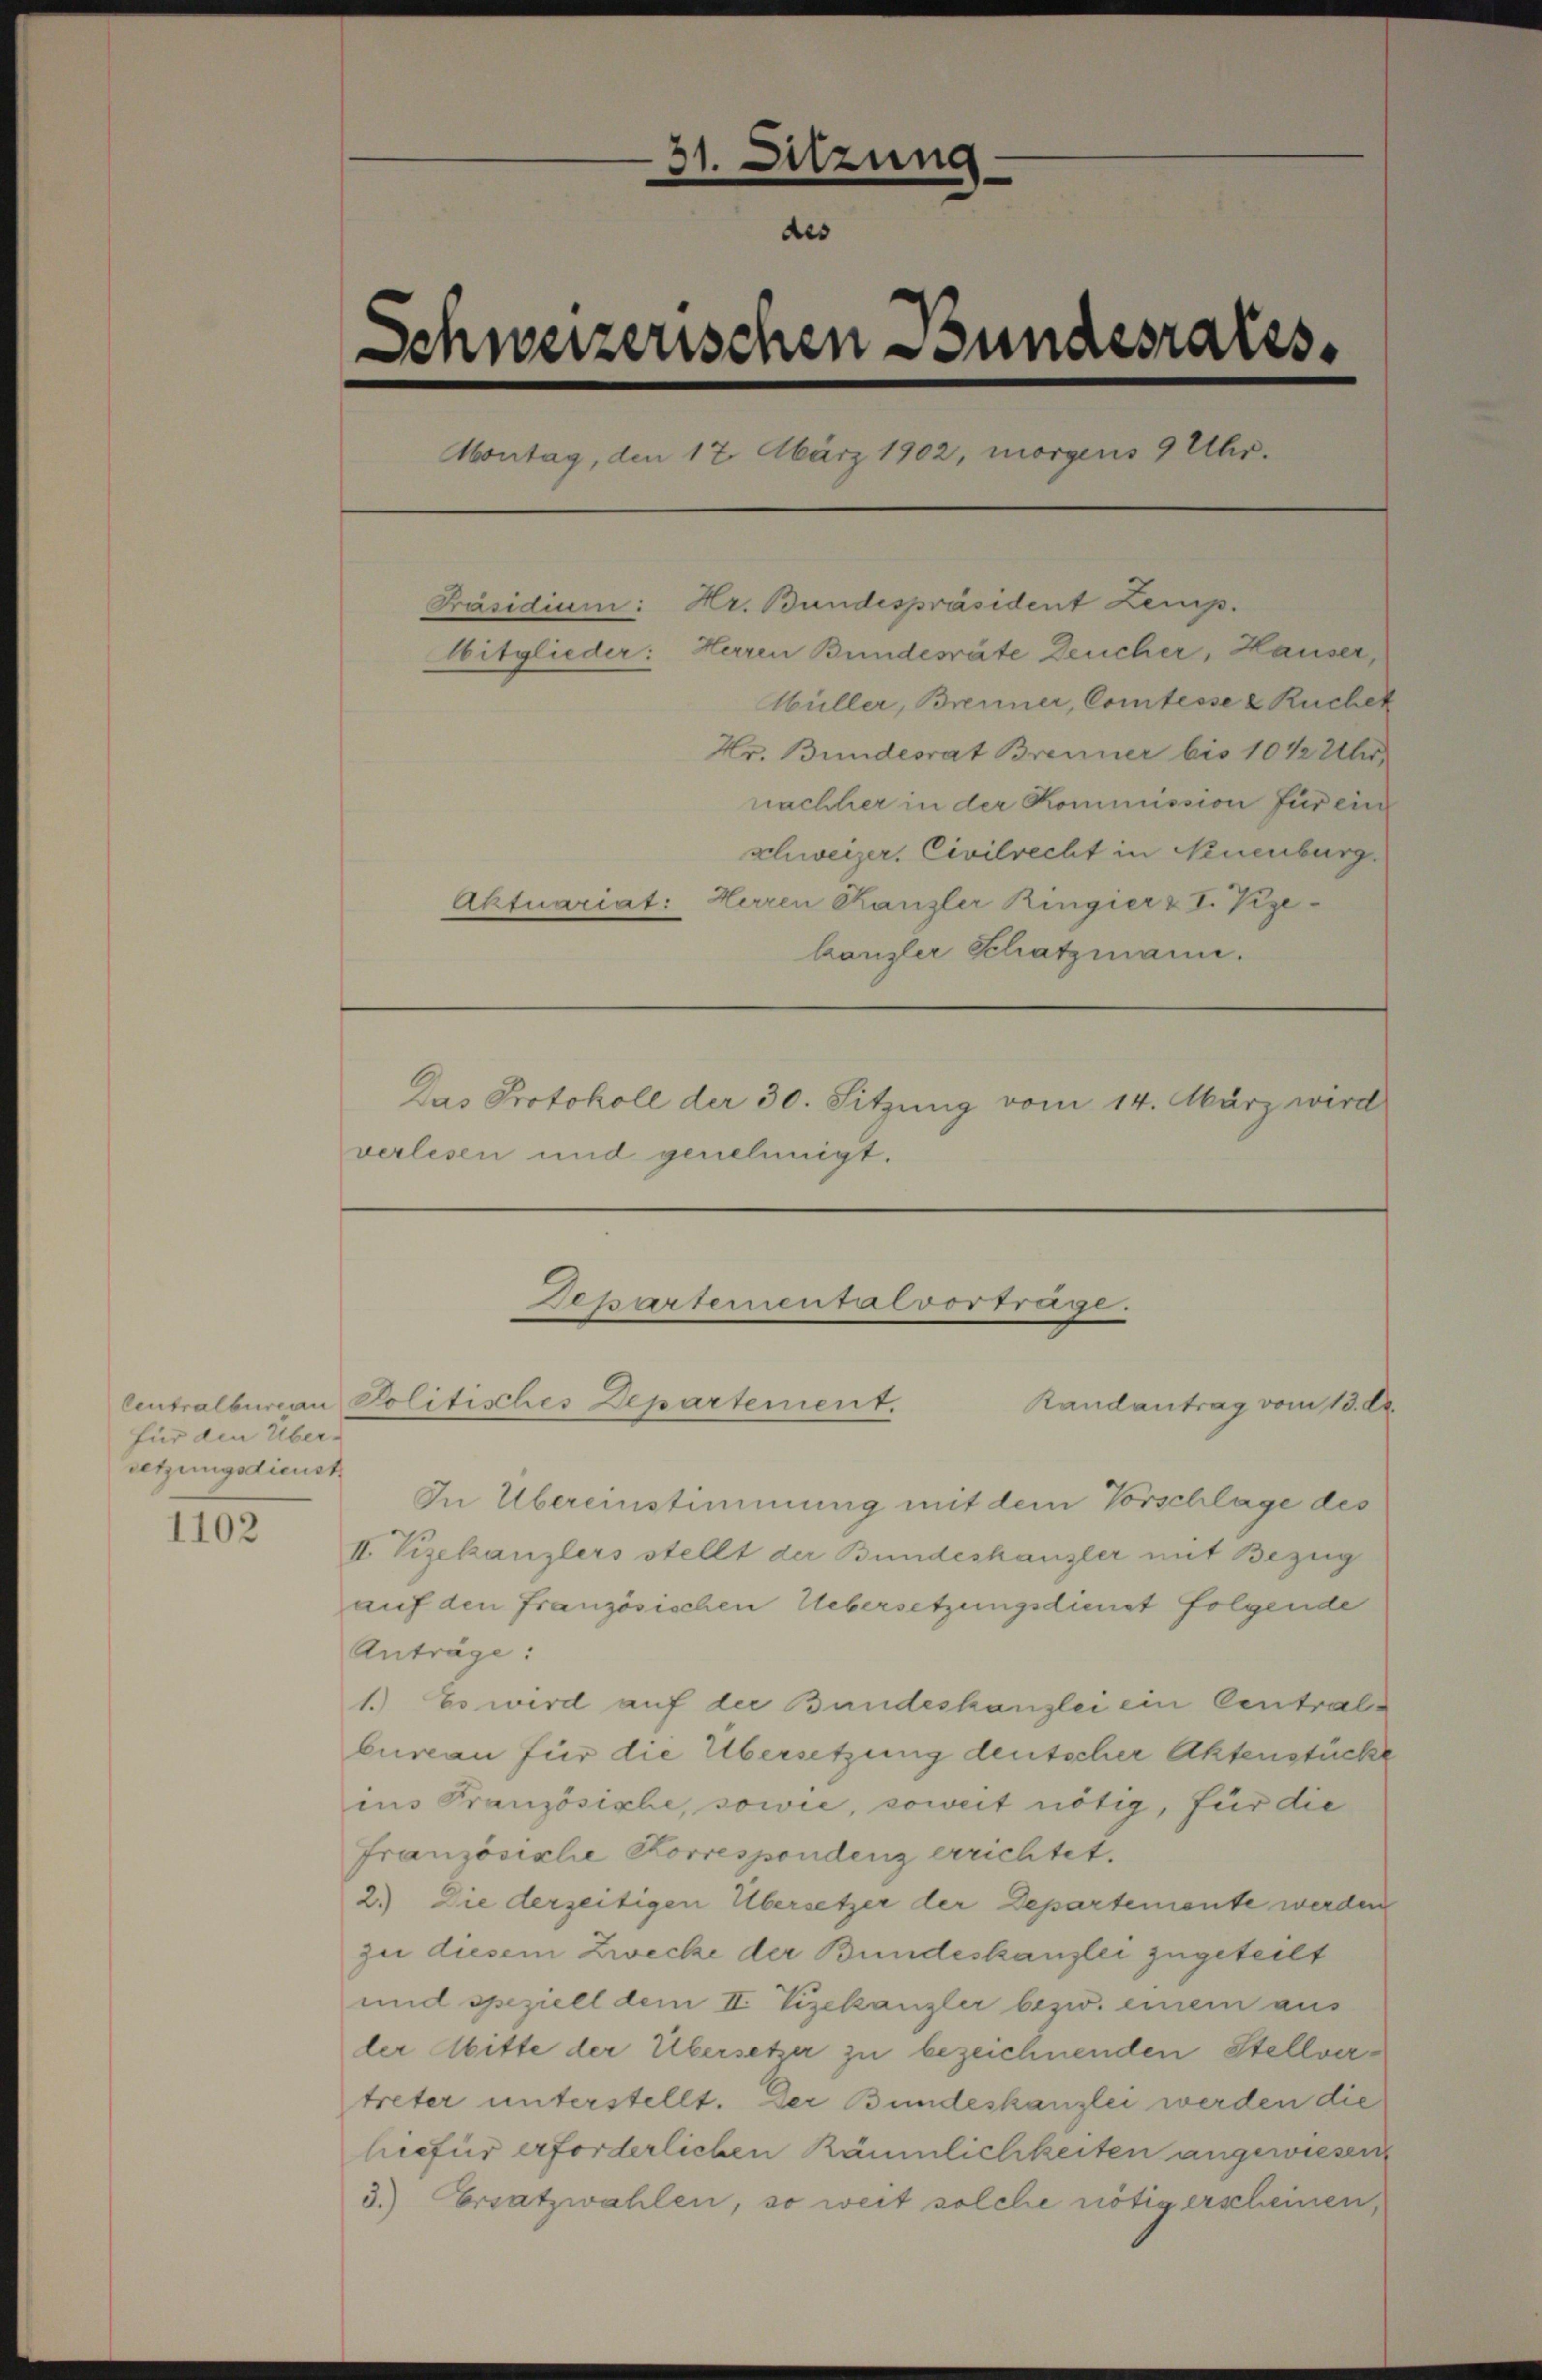
für den Über-
setzungsdienst

1102

31. Sitzung
des
Schweizerischen Bundesratss
Montag, den 17. März 1902, morgens 9 Uhr.
Präsidium: Hr. Bundespräsident Zemp.
Mitglieder: Herren Bundesräte Deucher, Hauser,
Müller, Brenner, Comtesse & Ruchek
Hr. Bundesrat Brenner bis 10 ½ Uhr,
nachher in der Kommission für ein
schweizer, Civilrecht in Neuenburg.
Aktuariat: Herren Kanzler Ringier z I. Vize-
lanzler Schatzmann.
Das Protokoll der 30. Sitzung vom 14. März wird
verlesen und genehmigt.

Departementalvortrage.
Centralbureau Politisches Departement.
Randantrag vom 13. d.

In Übereinstimmung mit dem Vorschlage des
II. Vizekanzlers stellt der Bundeskanzler mit Bezug
auf den französischen Uebersetzungsdient folgende
Anträge:
1.) Es wird auf der Bundeskanzlei ein Centralbureau für die Übersetzung deutscher Aktenstücke
ins Französiche, sowie, soweit nötig, für die
Französische Korrespondenz errichtet.
2.) Die derzeitigen Übersetzer der Departemente werden
zu diesem Zwecke der Bundeskanzlei zugeteilt
und speziell dem II. Vizekanzler bezw. einem aus
der Mitte der Übersetzer zu bezeichnenden Stellvertreter unterstellt. Der Bundeskanzlei werden die
hiefür erforderlichen Räumlichkeiten angewiesen
3.) Ersatzwahlen, so weit solche nötigerscheinen,